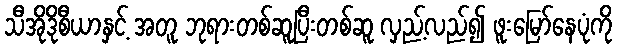
သီအိုဒိုစီယာနှင့် အတူ ဘုရားတစ်ဆူပြီးတစ်ဆူ လှည့်လည်၍ ဖူးမြော်နေပုံကို